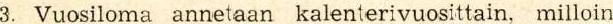
3. Vuosiloma annetaan kalenterivuosittain, milloin